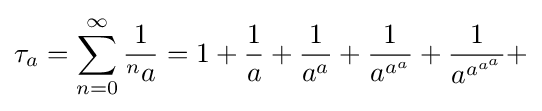
\tau _{a}=\sum _{n=0}^{\infty }{\frac {1}{^{n}a}}=1+{\frac {1}{a}}+{\frac {1}{a^{a}}}+{\frac {1}{a^{a^{a}}}}+{\frac {1}{a^{a^{a^{a}}}}}+